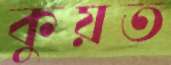
কুয়ত